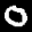
Label: 0